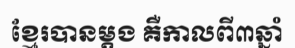
ខ្មែរបានម្តង គឺកាលពី៣ឆ្នាំ